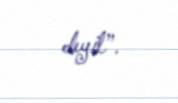
deyil”.